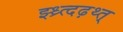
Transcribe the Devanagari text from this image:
झ्ध्र्त्दढ़थ्त्